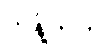
ကန့်ကက